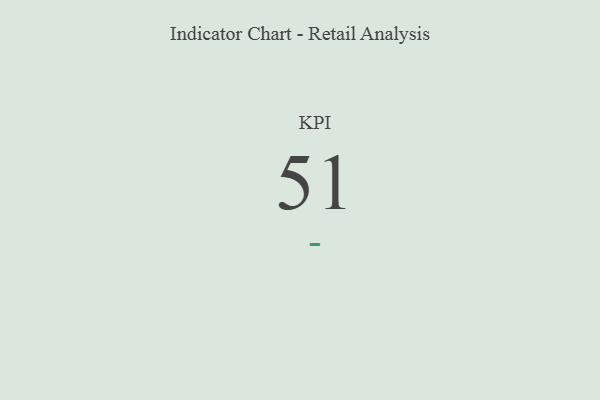
{"axis": {"x": "KPI", "y": "Value"}, "legend": [""], "data": [{"x": "KPI", "y": 51, "type": ""}]}